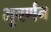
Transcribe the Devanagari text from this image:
भूवर्णन